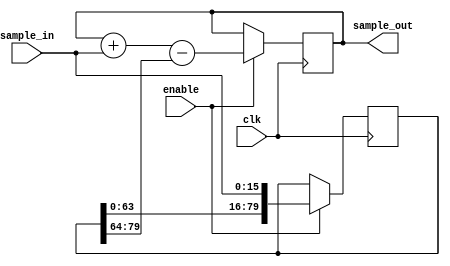
module low_pass_moving_sum #(parameter data_width = 16, window_width = 5) (
    input wire clk,
    input wire enable,
    input wire [data_width-1:0] sample_in,
    output reg [data_width-1:0] sample_out
);

    reg [data_width-1:0] total = 0;
    reg [window_width*data_width-1:0] delay_line = 0;
    wire [data_width-1:0] end_sample = delay_line[window_width*data_width-1 -: data_width];

    always @(posedge clk) begin
        if (enable) begin
            total <= total + sample_in - end_sample;
            delay_line <= {delay_line[window_width*data_width-data_width-1:0], sample_in};
        end
    end

    assign sample_out = total;

endmodule